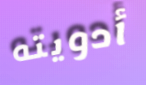
أدويته